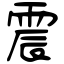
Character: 震